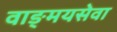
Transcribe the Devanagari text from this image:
वाङ्‌मयसेवा